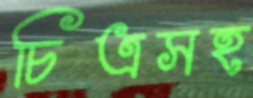
চিত্রসহ